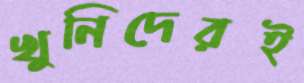
খুনিদেরই